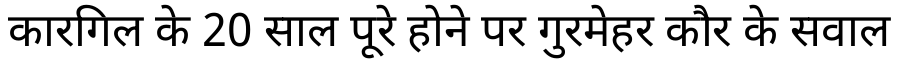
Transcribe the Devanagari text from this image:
कारगिल के 20 साल पूरे होने पर गुरमेहर कौर के सवाल